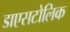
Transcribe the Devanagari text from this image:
डाएसटोलिक